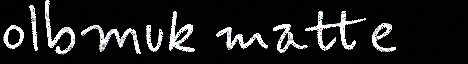
olbmuk matte